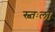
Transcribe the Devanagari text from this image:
स्व्तःला